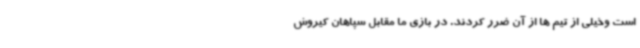
است وخیلی از تیم ها از آن ضرر کردند. در بازی ما مقابل سپاهان کیروش